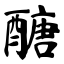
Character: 醣